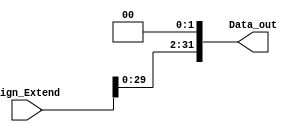
module ShiftLeft2 (

    input  wire [31:0] Sign_Extend,
    output wire [31:0] Data_out

);

    assign Data_out = Sign_Extend << 2;

endmodule